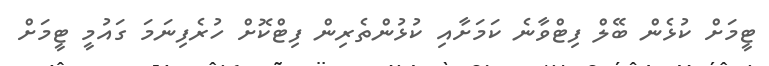
ޓީމަށް ކުޅެން ބޭލް ފިޓްވާނެ ކަމަށާއި ކުޅުންތެރިން ފިޓްކޮށް ހުރެފިނަމަ ގައުމީ ޓީމަށް